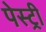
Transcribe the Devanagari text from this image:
पेस्‍ट्री